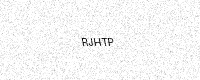
Text: RJHTP